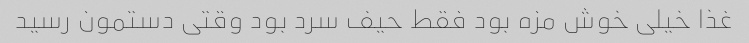
غذا خیلی خوش مزه بود فقط حیف سرد بود وقتی دستمون رسید